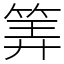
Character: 筭